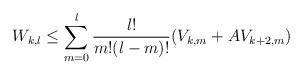
LaTeX: \begin{align*} W _ { k , l } \le \sum _ { m = 0 } ^ l \frac { l ! } { m ! ( l - m ) ! } ( V _ { k , m } + A V _ { k + 2 , m } )\end{align*}